Report on vaccination in Madras 1895-1903 - 1895-1903
Year: 1895
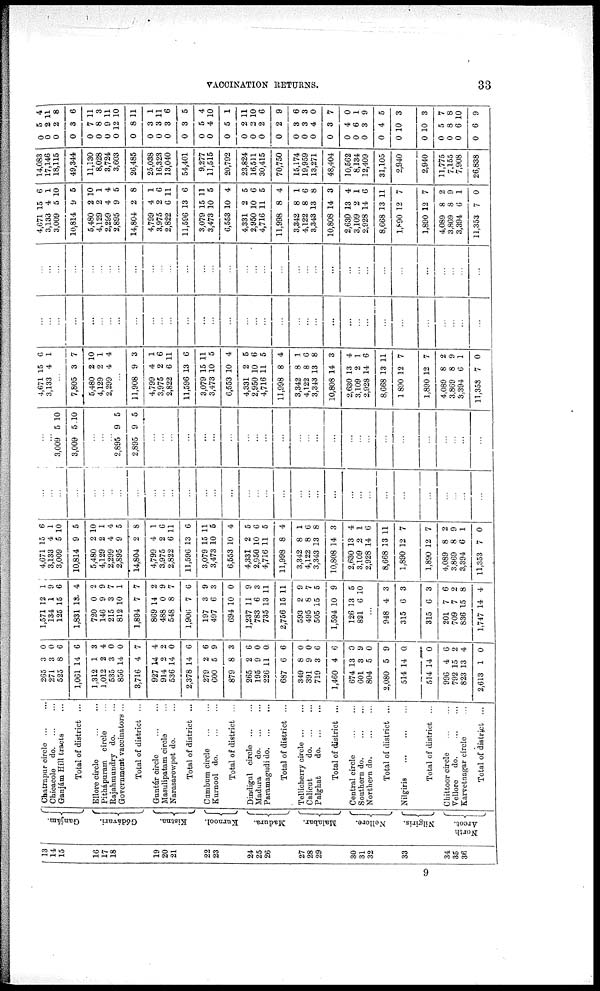
VACCINATION RETURNS.
33
13
14
15
16
17
18
19
20
21
22
23
24
25
26
27
28
29
30
31
32
33
34
35
36
Ganjám.
Gódávari.
Kistna.
Kurnool.
Madura.
Malabar.
Nellore.
Nilgiris.
North
Arcot.
Chatrapur circle ... ...
Chicacole
do. ... ...
Ganjám Hill tracts ...
Total of district ...
Ellore circle
...
...
Pithápuram circle ...
Rajahmundry do. ...
Government vaccinators ...
Total of district ...
Guntúr circle
...
...
Masulipatam circle ...
Narasarowpet do. ...
Total of district ...
Cumbum circle
...
...
Kurnool
do. ... ...
Total of district ...
Dindigul circle
...
...
Madura
do. ... ...
Paramagudi do.
...
...
Total of district ...
Tellicherry circle ... ...
Calicut
do. ... ...
Palghat
do. ... ...
Total of district ...
Central circle
...
...
Southern do.
...
...
Northern do.
...
...
Total of district ...
Nilgiris
...
...
...
Total of district ...
Chittoor circle
...
...
Vellore
do. ... ...
Karvetnagar circle ...
Total of district ...
265
271
525
1,061
1,312
1,012
535
856
3,716
927
914
536
2,378
279
600
879
265
195
226
687
349
391
719
1,460
674
601
804
2,080
514
514
996
792
823
2,613
3
3
8
14
1
2
3
14
4
14
2
14
14
2
5
8
2
9
11
6
8
9
3
4
13
3
5
5
14
14
4
15
13
1
0
0
6
6
3
4
0
0
7
4
2
0
6
6
9
3
6
0
0
6
0
0
6
6
0
9
0
9
0
0
6
2
4
0
1,571
134
125
1,831
720
146
215
812
1,894
869
488
548
1,906
197
497
694
1,237
783
735
2,756
593
495
505
1,594
126
821
12
1
15
13
0
9
3
10
7
14
0
8
7
3
6
10
11
6
13
15
2
8
15
10
13
6
1
9
6
4
2
9
7
1
7
2
9
7
6
9
3
0
9
3
11
11
9
7
5
9
5
10
...
948
315
315
201
709
836
1,747
4
6
6
7
7
15
14
3
3
3
6
2
8
4
4,671
3,133
3,009
10,814
5,480
4,129
2,299
2,895
14,804
4,799
3,975
2,822
11,596
3,079
3,473
6,553
4,331
2,950
4,716
11,998
3,342
4,122
3,343
10,808
2,630
3,109
2,928
8,668
1,890
1,890
4,089
3,869
3,394
11,353
15
4
5
9
2
2
4
9
2
4
2
6
13
15
10
10
2
10
11
8
8
8
13
14
13
2
14
13
12
12
8
8
6
7
6
1
10
5
10
1
4
5
8
1
6
11
6
11
5
4
5
6
5
4
1
6
8
3
4
1
6
11
7
7
2
9
1
0
...
...
...
...
...
...
...
...
...
...
...
...
...
...
...
...
...
...
...
...
...
... ...
...
...
...
...
...
...
...
...
...
...
...
...
... 3,009
3,009
5
5
10
10
...
...
... 2,895
2,895
9
9
5
5
...
...
...
...
...
...
...
...
...
...
...
...
...
...
...
...
...
...
...
...
...
...
...
...
...
4,671
3,133
15
4
6
1
...
7,805
5,480
4,129
2,299
3
2
2
4
7
10
1
4
...
11,908
4,799
3,975
2,822
11,596
3,079
3,473
6,553
4,331
2,950
4,716
11,998
3,342
4,122
3,343
10,808
2,630
3,109
2,928
8,668
1,890
1,890
4,089
3,869
3,394
11,353
9
4
2
6
13
15
10
10
2
10
11
8
8
8
13
14
13
2
14
13
12
12
8
8
6
7
3
1
6
11
6
11
5
4
5
6
5
4
1
6
8
3
4
1
6
11
7
7
2
9
1
0
...
...
...
...
...
...
... ...
...
...
...
...
...
...
...
...
...
...
...
...
...
...
...
...
...
...
...
...
...
...
...
... ...
...
...
...
...
...
...
...
...
...
...
...
...
...
...
...
...
...
...
...
...
...
...
...
...
...
...
...
...
...
...
...
...
...
...
...
4,671
3,133
3,009
10,814
5,480
4,129
2,299
2,895
14,804
4,799
3,975
2,822
11,596
3,079
3,473
6,553
4,331
2,950
4,716
11,998
3,342
4,122
3,343
10,808
2,630
3,109
2,928
8,668
1,890
1,890
4,089
3,869
3,394
11,353
15
4
5
9
2
2
4
9
2
4
2
6
13
15
10
10
2
10
11
8
8
8
13
14
13
2
14
13
12
12
8
8
6
7
6
1
10
5
10
1
4
5
8
1
6
11
6
11
5
4
5
6
5
4
1
6
8
3
4
1
6
11
7
7
2
9
1
0
14,083
17,146
18,115
49,344
11,130
8,028
3,724
3,603
26,485
25,038
16,323
13,040
54,401
9,277
11,515
20,792
23,824
16,511
30,415
70,750
15,174
19,959
13,271
48,404
10,562
8,134
12,409
31,105
2,940
2,940
11,775
7,155
7,908
26,838
0
0
0
0
0
0
0
0
0
0
0
0
0
0
0
0
0
0
0
0
0
0
0
0
0
0
0
0
0
0
0
0
0
0
5
2
2
3
7
8
9
12
8
3
3
3
3
5
4
5
2
2
2
2
3
3
4
3
4
6
3
4
10
10
5
8
6
6
4
11
8
6
11
3
11
10
11
1
11
6
5
4
10
1
11
10
6
9
6
3
0
7
0
1
9
5
3
3
7
8
10
9
9